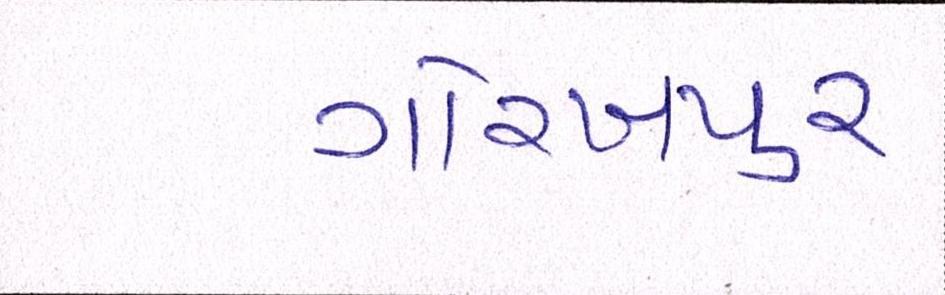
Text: ગોરખપુરઃ